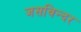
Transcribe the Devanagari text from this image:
जसविन्दर